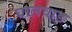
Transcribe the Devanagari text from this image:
घालवाड